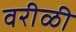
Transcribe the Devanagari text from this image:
वरीळी